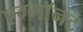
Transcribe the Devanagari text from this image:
एग्माॅनट